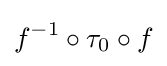
f^{-1}\circ \tau _{0}\circ f